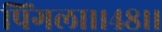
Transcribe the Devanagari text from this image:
पिंगला।।४८।।